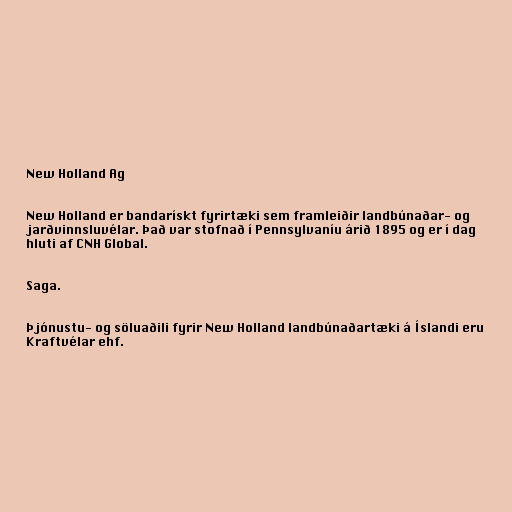
New Holland Ag

New Holland er bandarískt fyrirtæki sem framleiðir landbúnaðar- og
jarðvinnsluvélar. Það var stofnað í Pennsylvaníu árið 1895 og er í dag
hluti af CNH Global.

Saga.

Þjónustu- og söluaðili fyrir New Holland landbúnaðartæki á Íslandi eru
Kraftvélar ehf.